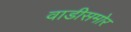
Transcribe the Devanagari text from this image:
वाडीसमोर